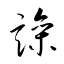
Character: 譟